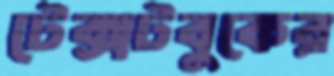
টেক্সটবুকের